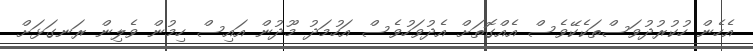
އެހެން ހުކުރުދުވަސްތަކެކޭވެސް އެއްގޮތަށް އެދުވަހުވެސް އަހުމަދު މޫދުން އައިސް ހިމުން ވެލިން ރަނގަޅަށް